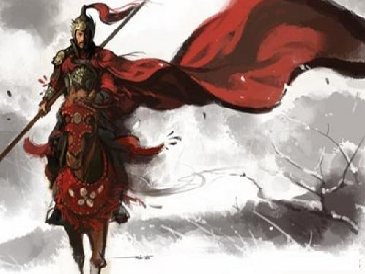
举头西北浮云，倚天万里须长剑。